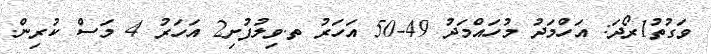
ވަގުތު1ރޯދަ: އަހްމަދު މުހައްމަދު 49-50 އަހަރު ތ.ވިލުފުށި2 އަހަރު 4 މަސް ކުރިން.